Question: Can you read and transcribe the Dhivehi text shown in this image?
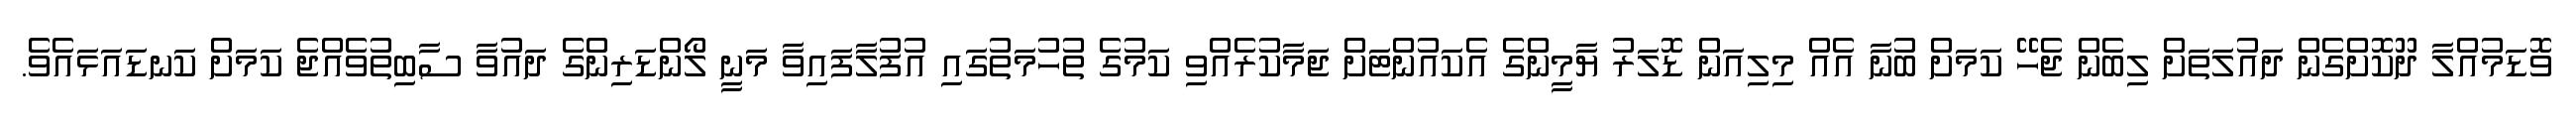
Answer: ވޮޑަމުއްލާ ދޫކޮށްގެން ދައުލަތަށް ލިބެން ޖެހޭ ކަމަށް ބުނާ އެއް މިލިއަން ޑޮލަރު ޔާމީންގެ އެކައުންޓަށް ޖަމާކުރެއްވި ކަމުގެ ތުހުމަތުގައި އުފުލާފައިވާ މަނީ ލޯންޑަރިންގެ ދައުވާ ސާބިތުވެއްޖެ ކަމަށް ކަނޑައަޅައެވެ.